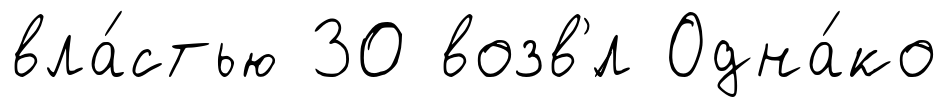
вла́стью 30 возв'́л Одна́ко